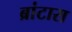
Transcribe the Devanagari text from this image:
ब्रांटास